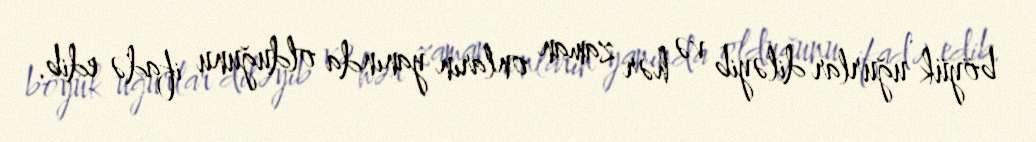
böyük uğurlar diləyib və hər zaman onların yanında olduğunu ifadə edib.